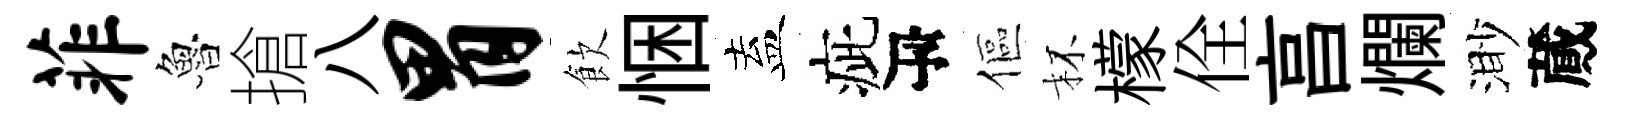
菲魯搶八胃飲悃盍疵瓴傴杯檬佺亯爛渺蕆